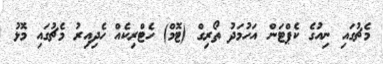
މެޗުގައި ނިއުގެ ކެޕްޓަން އަހުމަދު ތޯރިގް (ޓޮމް) ހެޓްރިކެއް ހެދިއިރު މެޗުގައި މޮޅު